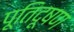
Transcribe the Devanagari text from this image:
पूतिदूषण